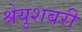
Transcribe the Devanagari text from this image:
श्रेयुशबरी